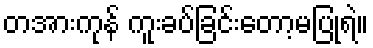
တအားကုန် ကူးခပ်ခြင်းတော့မပြုရဲ။